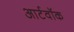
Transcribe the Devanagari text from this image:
आर्टवॉक